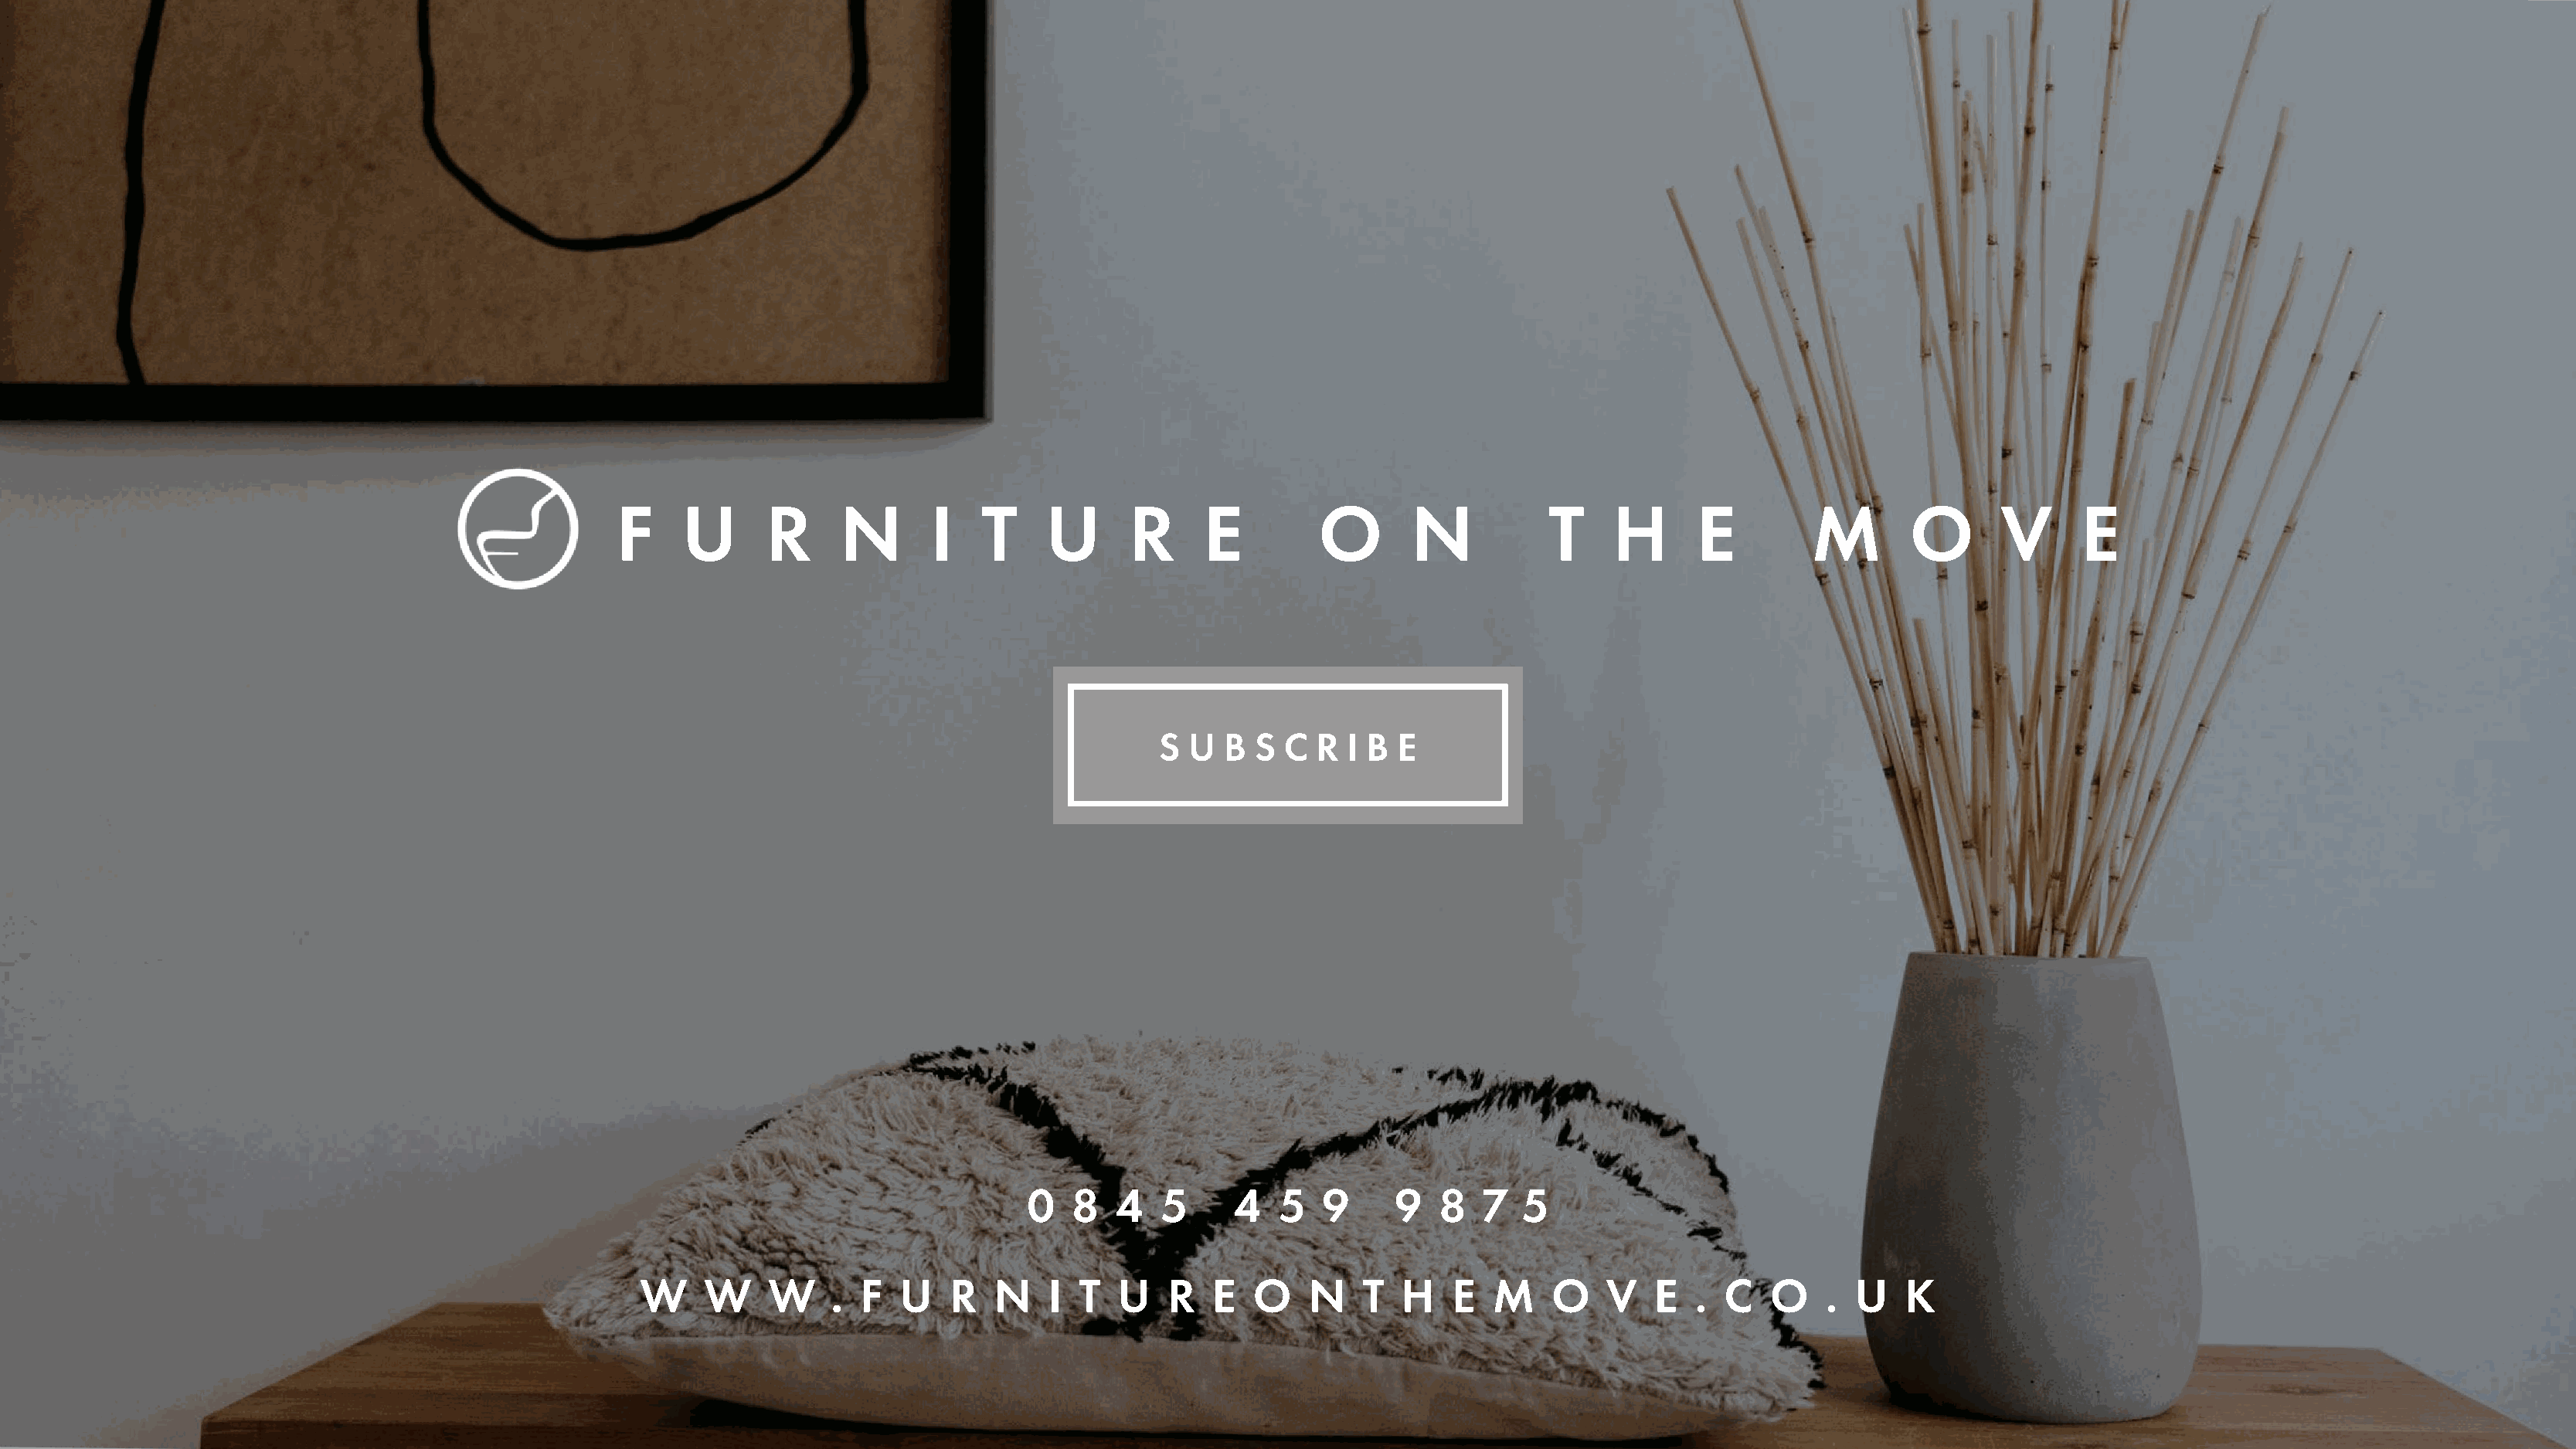
F    U       R     N       I   T     U      R     E         O       N           T    H      E         M        O      V      E
 S  U  B S  C  R I B  E
 0   8   4  5      4   5  9     9   8   7  5
 WW   WW    WW   .. FF UU  RR  NN   II TT UU  RR  EE OO   NN   TT HH  EE  MM   OO   VV  EE .. CC  OO  .. UU  KK